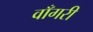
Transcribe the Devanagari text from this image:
वाँगरी